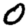
Digit: 0